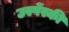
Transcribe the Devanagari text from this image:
उस्पेंस्की